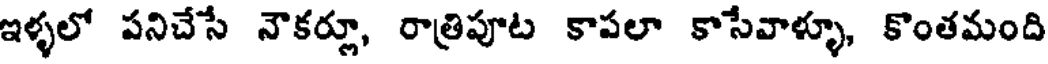
ఇళ్ళలో పనిచేసే నౌకర్లూ, రాత్రిపూట కాపలా కాసేవాళ్ళూ, కొంతమంది